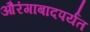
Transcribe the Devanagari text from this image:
औरंगाबादपर्यंत